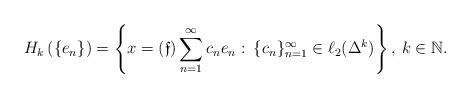
LaTeX: \begin{align*} H_k\left(\{e_n\}\right)=\left\{x=(\mathfrak{f})\sum\limits_{n=1}^{\infty}c_n e_n:\: \{c_n\}_{n=1}^{\infty}\in \ell_2(\Delta^k)\right\},\: k\in\mathbb{N}.\end{align*}